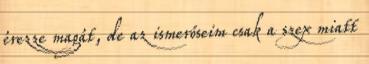
érezze magát, de az ismerőseim csak a szex miatt